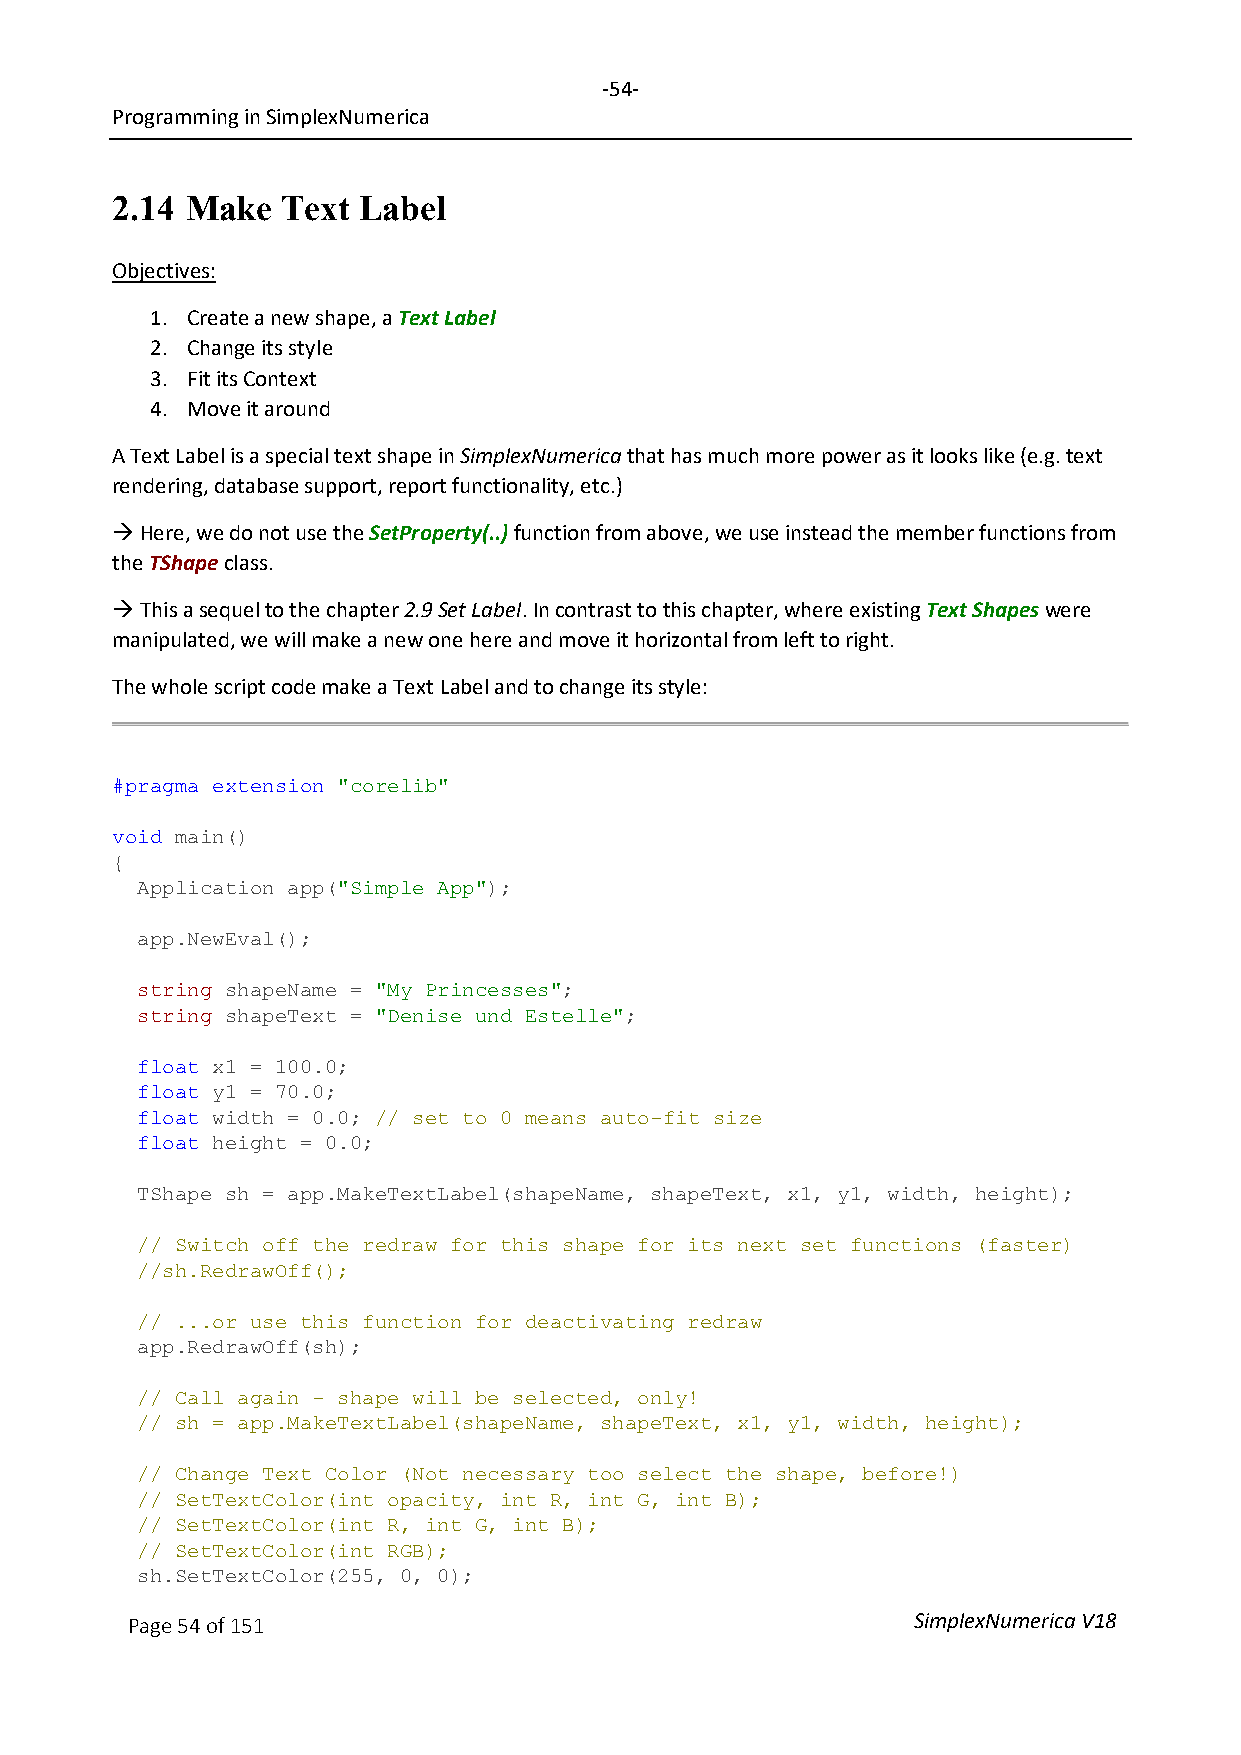
-54-
 Programming in SimplexNumerica
 2.14 Make   Text Label
 Objectives:
 1. Create a new shape, a Text Label
 2. Change its style
 3. Fit its Context
 4. Move it around
 A Text Label is a special text shape in SimplexNumerica that has much more power as it looks like (e.g. text
 rendering, database support, report functionality, etc.)
  Here, we do not use the SetProperty(..) function from above, we use instead the member functions from
 the TShape class.
  This a sequel to the chapter 2.9 Set Label. In contrast to this chapter, where existing Text Shapes were
 manipulated, we will make a new one here and move it horizontal from left to right.
 The whole script code make a Text Label and to change its style:
 #pragma extension "corelib"
 void main()
 {
 Application app("Simple App");
 app.NewEval();
 string shapeName = "My Princesses";
 string shapeText = "Denise und Estelle";
 float x1 = 100.0;
 float y1 = 70.0;
 float width = 0.0; // set to 0 means auto-fit size
 float height = 0.0;
 TShape sh = app.MakeTextLabel(shapeName, shapeText, x1, y1, width, height);
 // Switch off the redraw for this shape for its next set functions (faster)
 //sh.RedrawOff();
 // ...or use this function for deactivating redraw
 app.RedrawOff(sh);
 // Call again - shape will be selected, only!
 // sh = app.MakeTextLabel(shapeName, shapeText, x1, y1, width, height);
 // Change Text Color (Not necessary too select the shape, before!)
 // SetTextColor(int opacity, int R, int G, int B);
 // SetTextColor(int R, int G, int B);
 // SetTextColor(int RGB);
 sh.SetTextColor(255, 0, 0);
 Page 54 of 151                                      SimplexNumerica V18